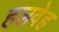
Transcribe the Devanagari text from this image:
हलवेह